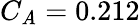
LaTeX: C_{\mathit{A}}=0.212